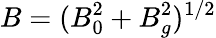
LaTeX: B=(B_{0}^{2}+B_{g}^{2})^{1/2}